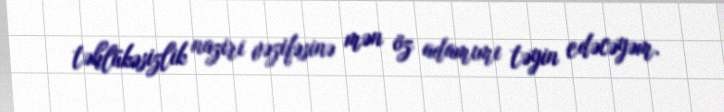
təhlükəsizlik naziri vəzifəsinə mən öz adamımı təyin edəcəyəm.